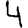
Digit: 4